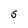
Character: S